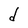
Character: d